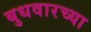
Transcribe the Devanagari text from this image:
बुधवारच्या